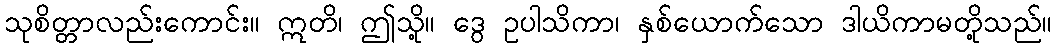
သုစိတ္တာလည်းကောင်း။ ဣတိ၊ ဤသို့။ ဒွေ ဥပါသိကာ၊ နှစ်ယောက်သော ဒါယိကာမတို့သည်။